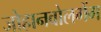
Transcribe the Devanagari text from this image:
जोहानवोलगेंग